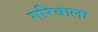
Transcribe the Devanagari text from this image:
गरिबाला